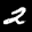
Label: 2